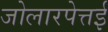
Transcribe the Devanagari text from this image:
जोलारपेत्तई